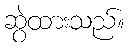
ဆွဲထားသည်။